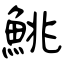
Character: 鮡